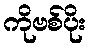
ကိုဗစ်ပိုး